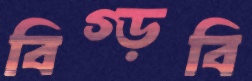
বিগ্‌ড়বি